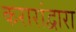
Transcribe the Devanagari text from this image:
करारांद्वारा